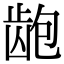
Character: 龅